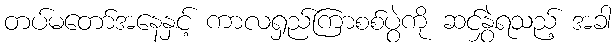
တပ်မတော်အနေနှင့် ကာလရှည်ကြာစစ်ပွဲကို ဆင်နွှဲရသည့် အခါ